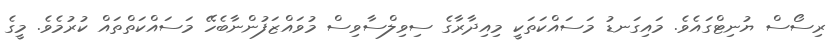
ރިސޯސް ޔުނިޓްގައެވެ. މައިގަނޑު މަސައްކަތަކީ މިއިދާރާގެ ސިވިލްސާވިސް މުވައްޒަފުންނާބެހޭ މަސައްކަތްތައް ކުރުމެވެ. މީގެ